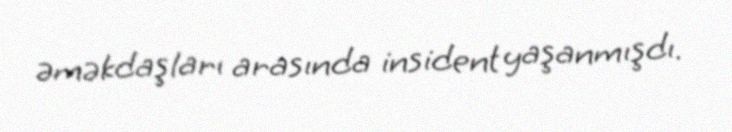
əməkdaşları arasında insident yaşanmışdı.